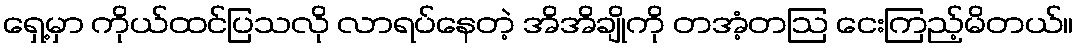
ရှေ့မှာ ကိုယ်ထင်ပြသလို လာရပ်နေတဲ့ အိအိချိုကို တအံ့တဩ ငေးကြည့်မိတယ်။